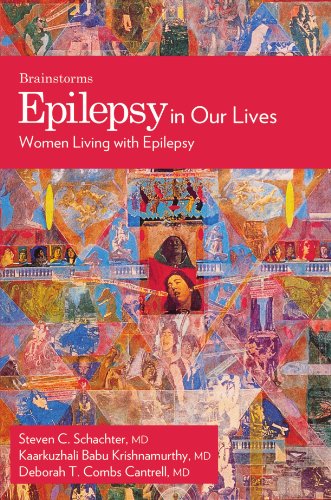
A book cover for Epilepsy In Our Lives: Women Living with Epilepsy (The Brainstorm Series); Kaarkuzhali Babu Krishnamurthy; Health, Fitness & Dieting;